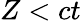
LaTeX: Z<ct